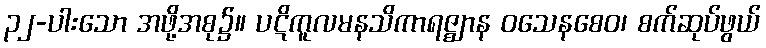
၃၂-ပါးသော အဖို့အစု၌။ ပဋိကူလမနသိကာရဇ္ဈာန ဝသေနစေဝ၊ စက်ဆုပ်ဖွယ်